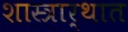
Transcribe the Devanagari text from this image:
शास्त्रार्थात